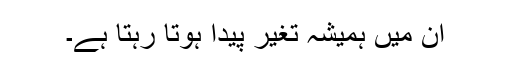
ان میں ہمیشہ تغیر پیدا ہوتا رہتا ہے۔